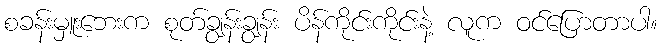
စခန်းမှူးဘေးက စုတ်ချွန်းချွန်း ပိန်ကိုင်းကိုင်းနဲ့ လူက ဝင်ပြောတာပါ။